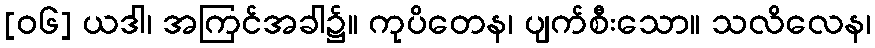
[၀၆] ယဒါ၊ အကြင်အခါ၌။ ကုပိတေန၊ ပျက်စီးသော။ သလိလေန၊